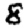
Digit: 8